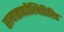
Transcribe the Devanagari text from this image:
सत्याब्राह्मीस्थितिरिव